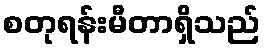
စတုရန်းမီတာရှိသည်